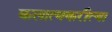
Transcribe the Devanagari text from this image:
कलात्मकरीत्या